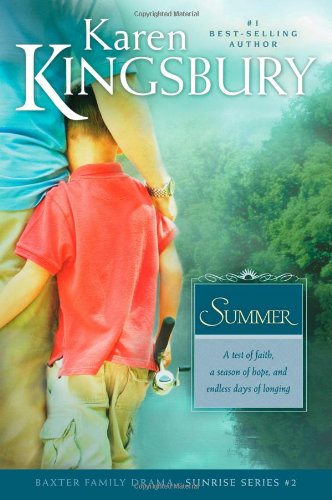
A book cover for Summer (Sunrise Series-Baxter 3, Book 2); Karen Kingsbury; Romance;